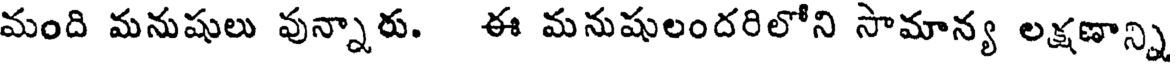
మంది మనుషులు వున్నారు. ఈ మనుషులందరిలోని సామాన్య లక్షణాన్ని